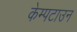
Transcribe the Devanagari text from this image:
केम्पटाउन